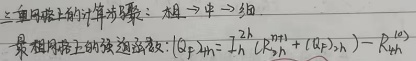
1. 三重网格上的计算步骤： 粗→中→细
最粗网格上的残差函数：\((\mathbf{r}_{2H})_{m}=I_{2h}^{2H}[ (R_{h})_{2h}]-(R_{2H})_{m}\)。